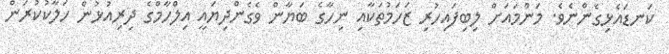
ކަނޑައެޅިގެންނެވެ. މަންމައަށް ލިބިފައިހުރި ޒަހަމުތަކާއި ނިހާގެ ބަޔާން ވެގެންދިޔައީ އިލްހާމްގެ ދިރިއުޅުން ހަލާކުކުރަން